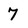
Character: 7